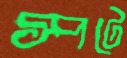
স্পটে